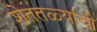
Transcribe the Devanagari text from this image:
शेततळ्यांची